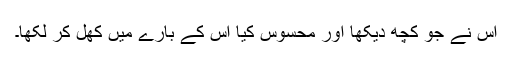
اس نے جو کچھ دیکھا اور محسوس کیا اُس کے بارے میں کھل کر لکھا۔